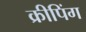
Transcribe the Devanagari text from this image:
क्रीपिंग